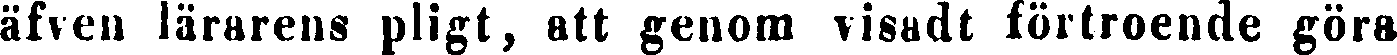
äfven lärarens pligt, att genom visadt förtroende göra